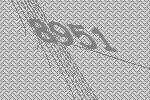
8951